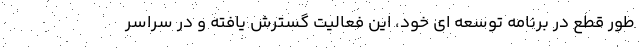
طور قطع در برنامه توسعه ای خود، این فعالیت گسترش یافته و در سراسر